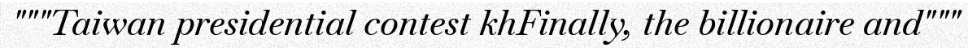
"""Taiwan presidential contest khFinally, the billionaire and"""